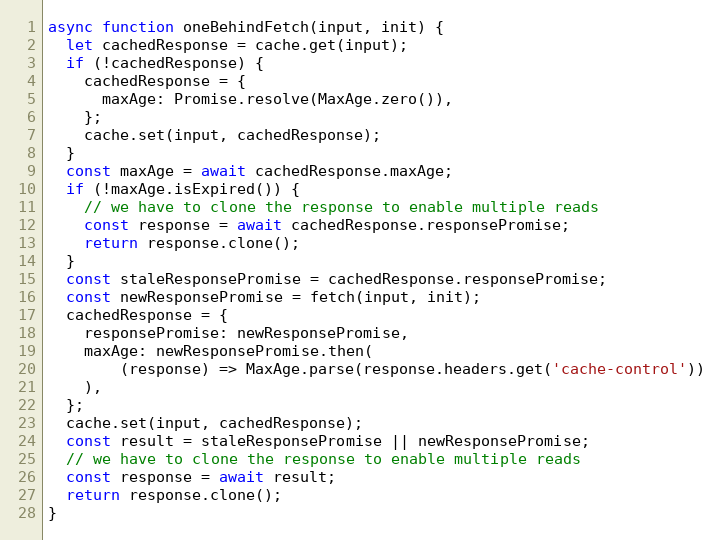
Language: JavaScript
async function oneBehindFetch(input, init) {
  let cachedResponse = cache.get(input);
  if (!cachedResponse) {
    cachedResponse = {
      maxAge: Promise.resolve(MaxAge.zero()),
    };
    cache.set(input, cachedResponse);
  }
  const maxAge = await cachedResponse.maxAge;
  if (!maxAge.isExpired()) {
    // we have to clone the response to enable multiple reads
    const response = await cachedResponse.responsePromise;
    return response.clone();
  }
  const staleResponsePromise = cachedResponse.responsePromise;
  const newResponsePromise = fetch(input, init);
  cachedResponse = {
    responsePromise: newResponsePromise,
    maxAge: newResponsePromise.then(
        (response) => MaxAge.parse(response.headers.get('cache-control'))
    ),
  };
  cache.set(input, cachedResponse);
  const result = staleResponsePromise || newResponsePromise;
  // we have to clone the response to enable multiple reads
  const response = await result;
  return response.clone();
}